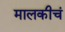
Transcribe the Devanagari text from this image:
मालकीचं